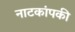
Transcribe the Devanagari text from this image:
नाटकांपकी